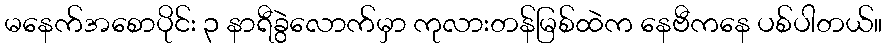
မနေက်အစောပိုင်း ၃ နာရီခွဲလောက်မှာ ကုလားတန်မြစ်ထဲက နေဗီကနေ ပစ်ပါတယ်။